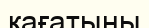
қағатыны